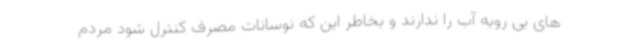
های بی رویه آب را ندارند و بخاطر این که نوسانات مصرف کنترل شود مردم